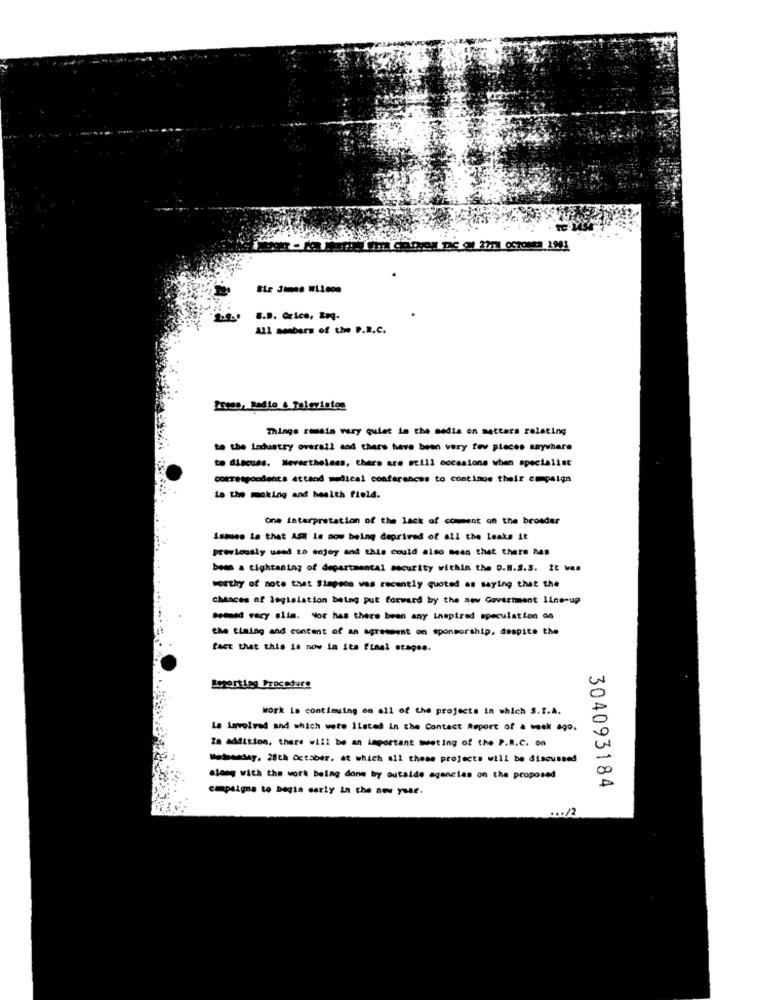
2901
1.I. Grice, Mq-
All ambers of the P.R.C.
Press, Radio & Televistos
Things remain very quiet in the media on matters relating
to the industry overall and there have been very few pieces anywhere
to discuss. Nevertheless, there are still occasione when specialist
correspondents attand =dical conferences to continue their compaign
La the making and health field.
One tatarpretation of the lack of comment on the broader
Ismuss is that ASK Is now being deprived of all the leaks it
previously used to enjoy and this could also mean that there has
bemn = tightening of departmental mourity within the D.H.S.S. It V.
worthy of note that Simpson was recently quoted as saying that the
chances of legislation betag put forward by the new Government Ilne-up
Setmed vary alia. Nor has there been any inspired speculation on
the timing and content of an agreement on sponsorship, despite the
fact that this is now in its final stages.
Reporting Procedure
work Lo continuing on all of the projects in which S.I.A.
La involved and which were Ilsted in the Contact Report of a week ago.
In addition, there will be an important meeting of the P.R.C. on
Mecheddar. 28th October, at which all these projects will be discussed
ajemg with the work being done by outside agencies on the proposed
campaigns to begin early in the new year.
304093184
... 12